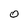
Character: 0